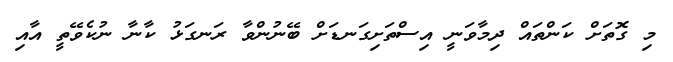
މި ގޮތަށް ކަންތައް ދިމާވަނީ އިސްތަށިގަނޑަށް ބޭނުންވާ ރަނގަޅު ކާނާ ނުކެވޭތީ އާއި